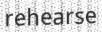
rehearse